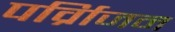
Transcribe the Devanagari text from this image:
पर्व्रािजन